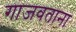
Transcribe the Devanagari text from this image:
गाजवताना